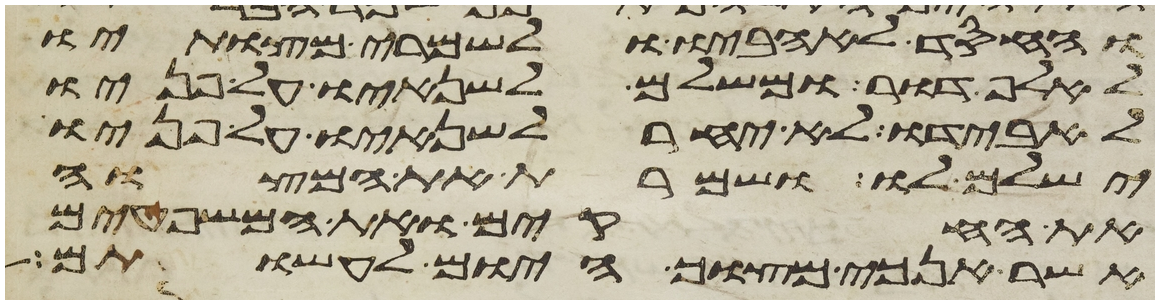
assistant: והחסד לאהביו ולשמרי מצותיו
לאלף דור ומשלם לשנאיו על פניו
להאבידו לא יאחר לשנאיו על פניו
ישלם לו ושמרת את המצוה
את החקים ואת המשפטים
אשר אנכי מצוך היום לעשותם